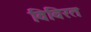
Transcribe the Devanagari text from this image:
विविरत